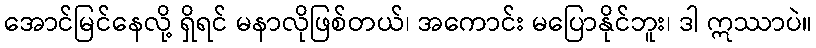
အောင်မြင်နေလို့ ရှိရင် မနာလိုဖြစ်တယ်၊ အကောင်း မပြောနိုင်ဘူး၊ ဒါ ဣဿာပဲ။